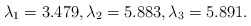
\begin{align*}\lambda_1 = 3.479, \lambda_2 = 5.883, \lambda_3 = 5.891.\end{align*}